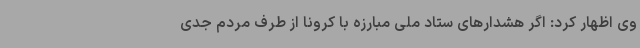
وی اظهار کرد: اگر هشدارهای ستاد ملی مبارزه با کرونا از طرف مردم جدی